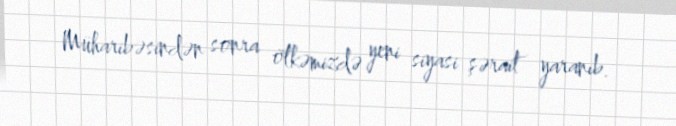
Müharibəsindən sonra ölkəmizdə yeni siyasi şərait yaranıb.